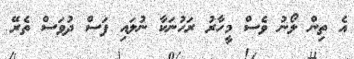
އެ ތިން ލޯނު ވެސް މީހާރު ރަހުނަކާ ނުލައި ފަސް ދުވަސް ތެރޭ